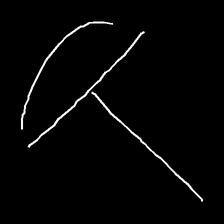
Glyph: dispersion